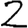
Digit: 2